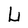
Character: U